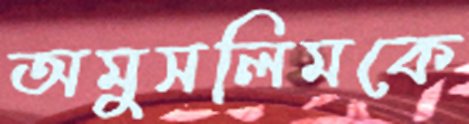
অমুসলিমকে